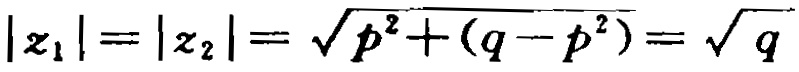
\(|z_1| = |z_2| = \sqrt{p^{2}+(q - p^{2})}=\sqrt{q}\)